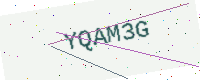
Text: YQAM3G